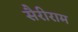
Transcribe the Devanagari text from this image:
सैरीराम